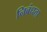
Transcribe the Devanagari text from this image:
निबंधता